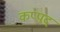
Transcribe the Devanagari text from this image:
कप्पद